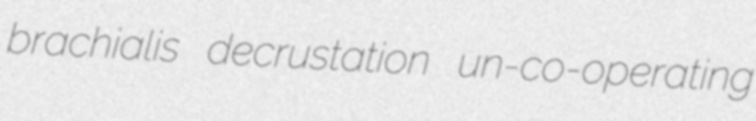
brachialis decrustation un-co-operating